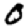
Digit: 0